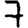
Digit: 7